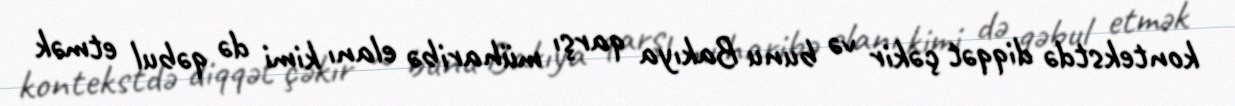
kontekstdə diqqət çəkir və bunu Bakıya qarşı müharibə elanı kimi də qəbul etmək